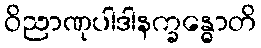
ဝိညာဏုပါဒါနက္ခန္ဓောတိ